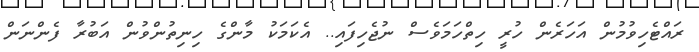
ރައްޓެހިވުމުން އަހަރެން ހުރީ ހިތްހަމަވެސް ނުޖެހިފައި.. އެކަމަކު މާންގެ ހިނިތުންވުން އަބުރާ ފެންނަން